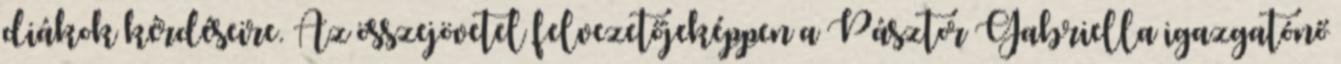
diákok kérdéseire. Az összejövetel felvezetőjeképpen a Pásztor Gabriella igazgatónő